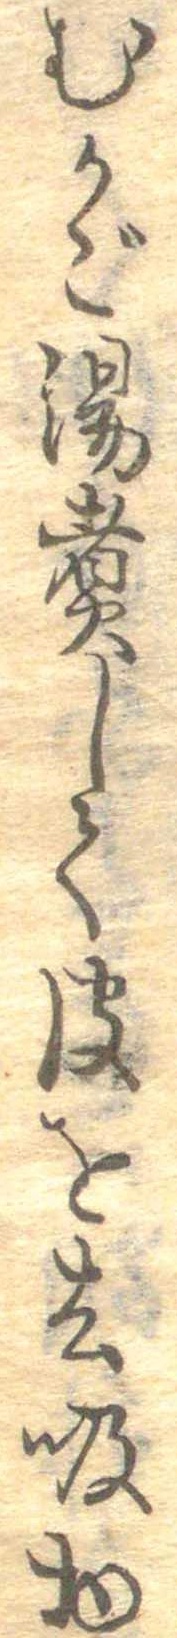
むかご湯煮して皮を去吸物